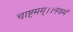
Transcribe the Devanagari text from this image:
चाष्टमम्।।नवमं